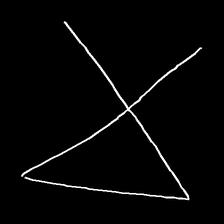
Glyph: collection